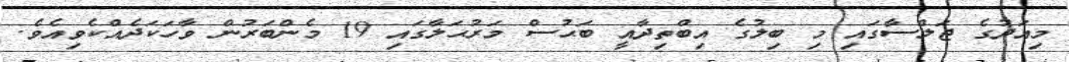
މިއަދުގެ ޖަލްސާގައި މި ބިލުގެ އިބްތިދާއީ ބަޙުސް މަރުޙަލާގައި 19 މެންބަރުން ވާހަކަދެއްކެވިއެވެ.